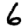
Digit: 6